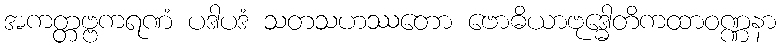
အကတ္တဗ္ဗကရဏံ ပဒါပဒံ သတသဟဿတော ဗောဓိယာဗုဒ္ဓေါတိကထာဝဏ္ဏနာ